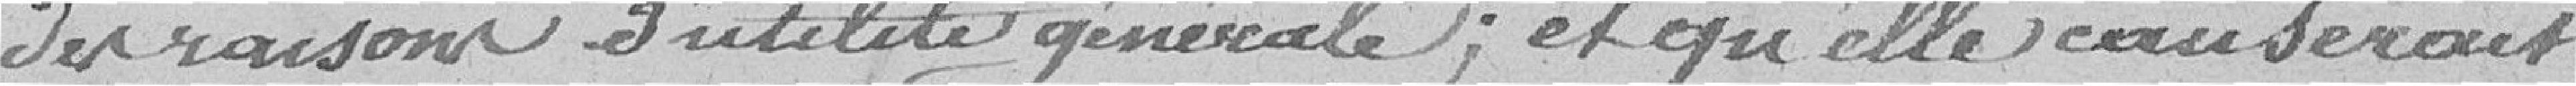
des raisons d'utilité générale ; et qu'elle causerait